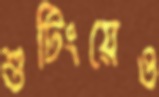
শুটিংয়েও